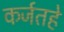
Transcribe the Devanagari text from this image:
कर्जतहे